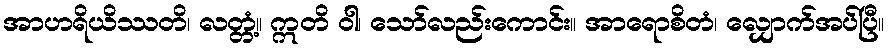
အာဟရိယိဿတိ၊ လတ္တံ့။ ဣတိ ဝါ၊ သော်လည်းကောင်း။ အာရောစိတံ၊ လျှောက်အပ်ပြီ။